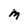
Character: M